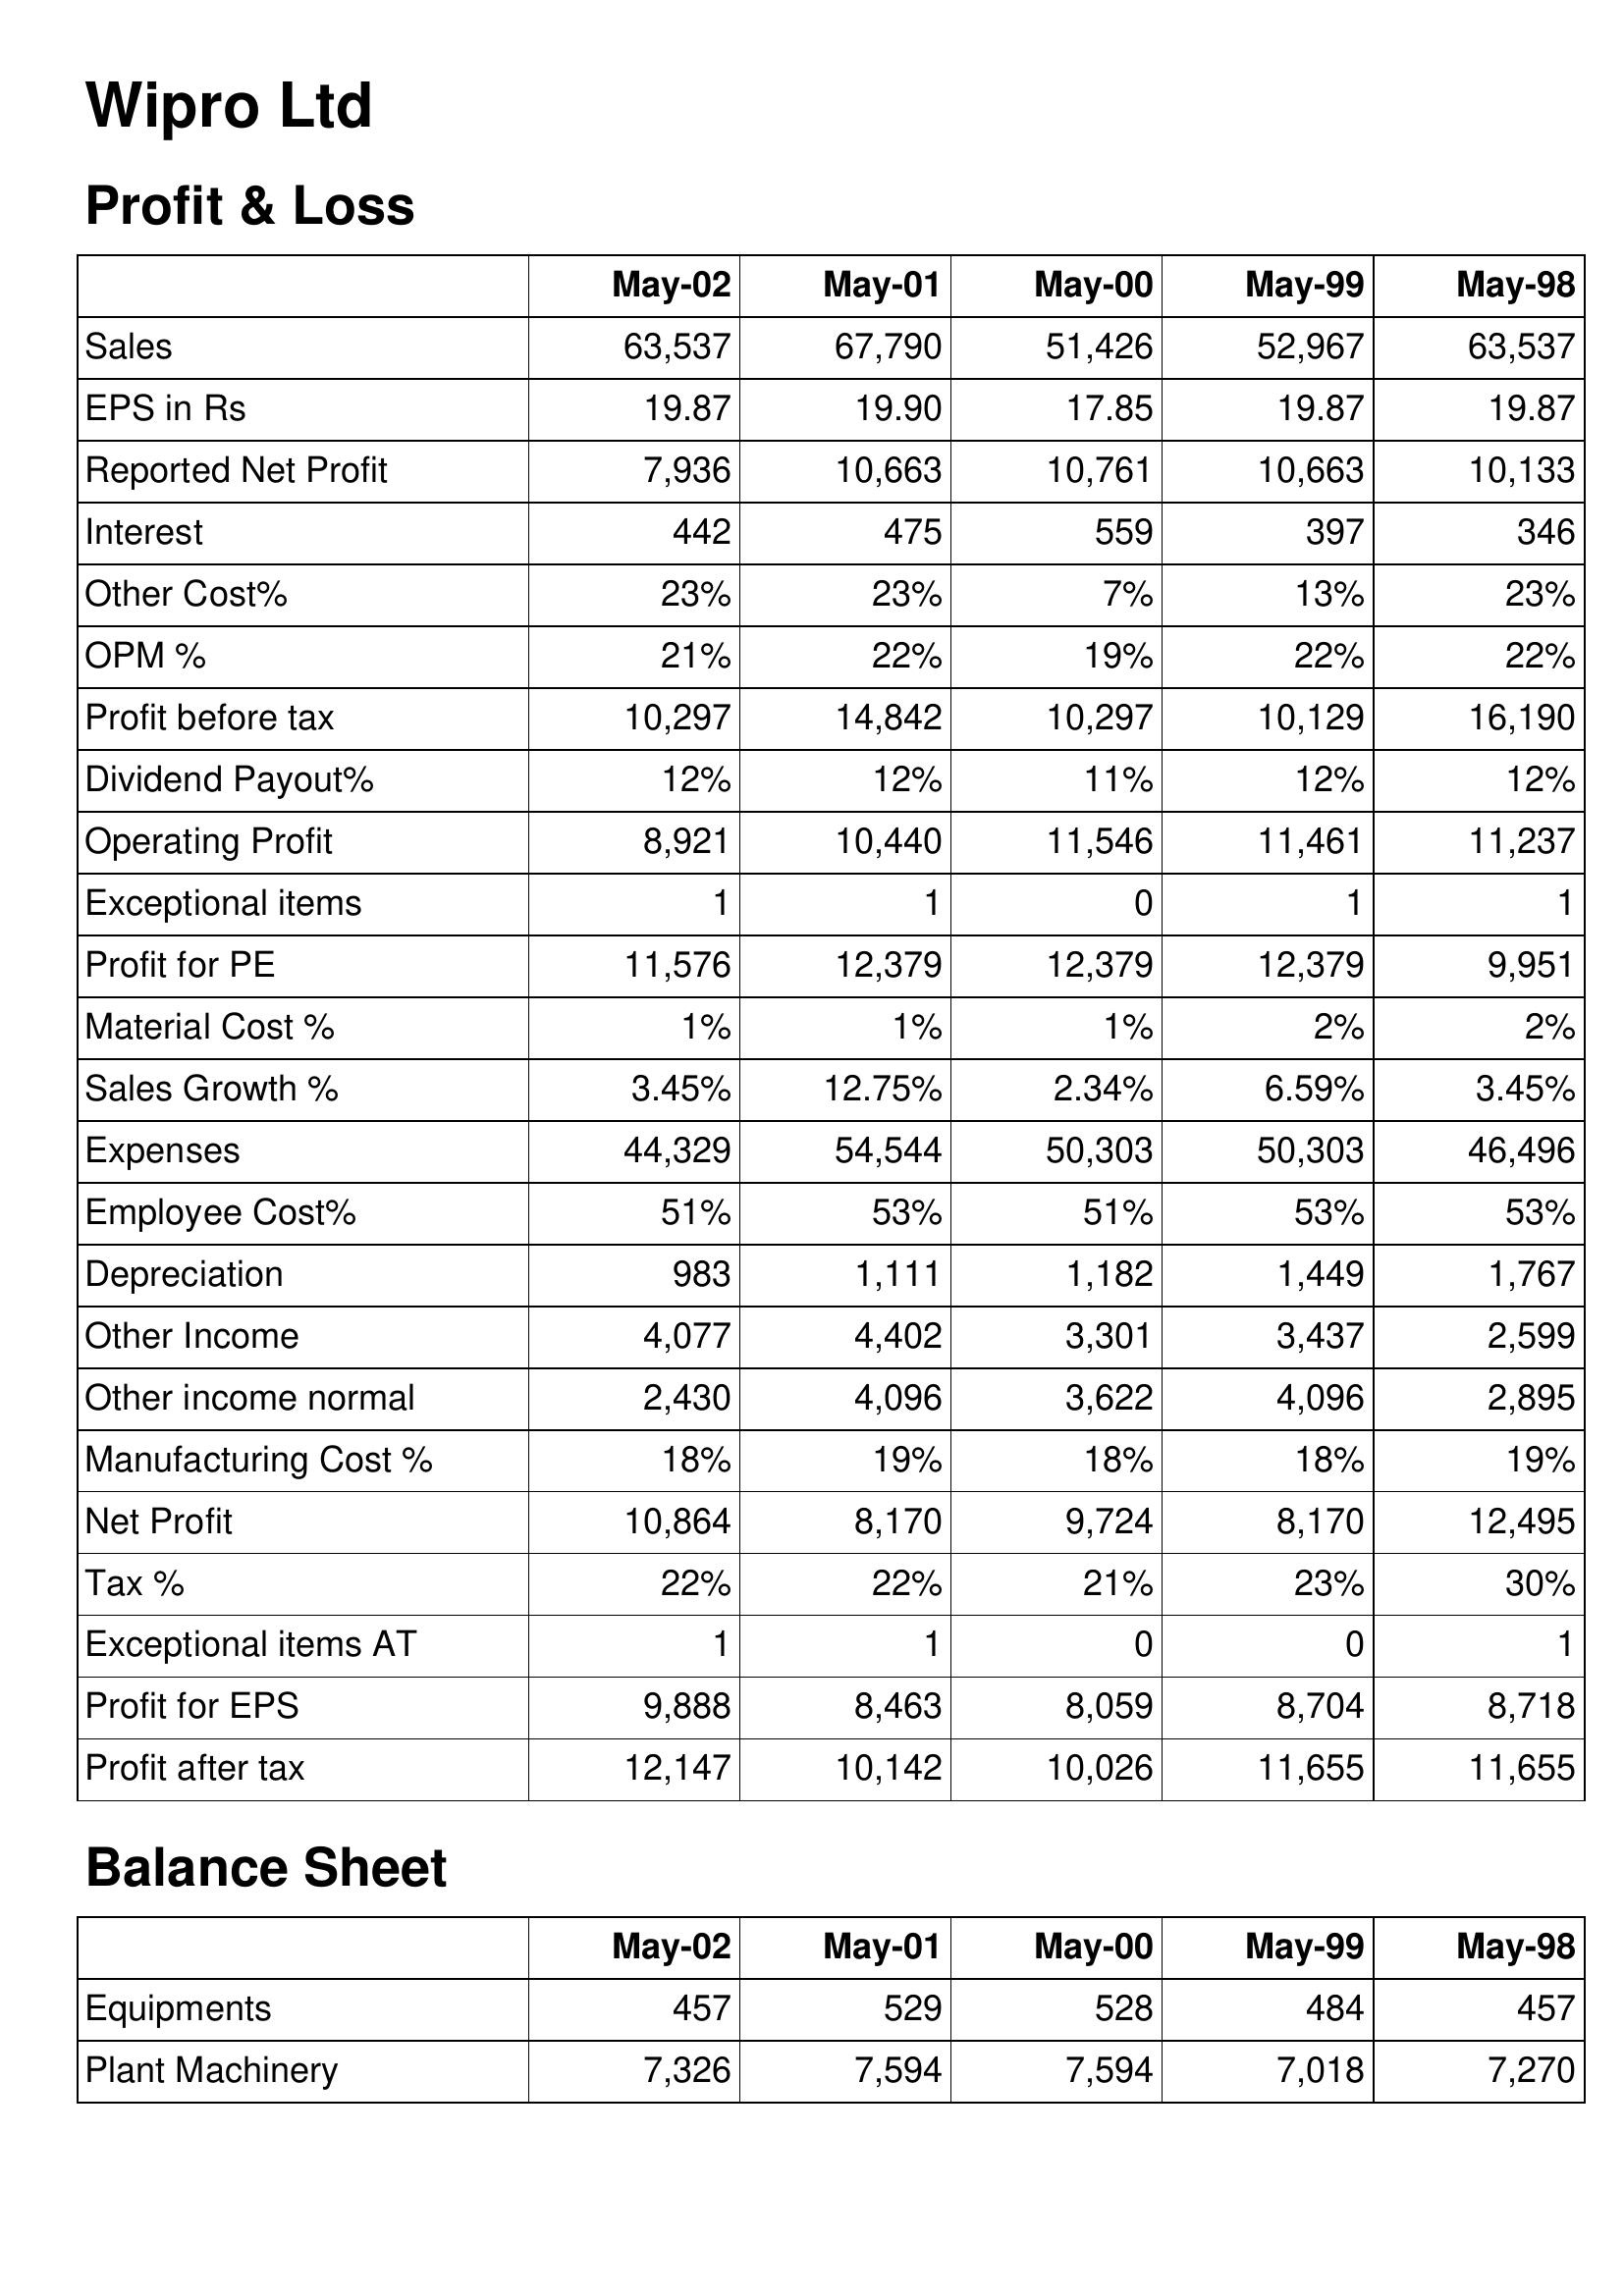
May-02: Profit & Loss: Sales: 63,537
EPS in Rs: 19.87
Reported Net Profit: 7,936
Interest: 442
Other Cost%: 23%
OPM %: 21%
Profit before tax: 10,297
Dividend Payout%: 12%
Operating Profit: 8,921
Exceptional items: 1
Profit for PE: 11,576
Material Cost %: 1%
Sales Growth %: 3.45%
Expenses: 44,329
Employee Cost%: 51%
Depreciation: 983
Other Income: 4,077
Other income normal: 2,430
Manufacturing Cost %: 18%
Net Profit: 10,864
Tax %: 22%
Exceptional items AT: 1
Profit for EPS: 9,888
Profit after tax: 12,147
Balance Sheet: Equipments: 457
Plant Machinery: 7,326
May-01: Profit & Loss: Sales: 67,790
EPS in Rs: 19.90
Reported Net Profit: 10,663
Interest: 475
Other Cost%: 23%
OPM %: 22%
Profit before tax: 14,842
Dividend Payout%: 12%
Operating Profit: 10,440
Exceptional items: 1
Profit for PE: 12,379
Material Cost %: 1%
Sales Growth %: 12.75%
Expenses: 54,544
Employee Cost%: 53%
Depreciation: 1,111
Other Income: 4,402
Other income normal: 4,096
Manufacturing Cost %: 19%
Net Profit: 8,170
Tax %: 22%
Exceptional items AT: 1
Profit for EPS: 8,463
Profit after tax: 10,142
Balance Sheet: Equipments: 529
Plant Machinery: 7,594
May-00: Profit & Loss: Sales: 51,426
EPS in Rs: 17.85
Reported Net Profit: 10,761
Interest: 559
Other Cost%: 7%
OPM %: 19%
Profit before tax: 10,297
Dividend Payout%: 11%
Operating Profit: 11,546
Exceptional items: 0
Profit for PE: 12,379
Material Cost %: 1%
Sales Growth %: 2.34%
Expenses: 50,303
Employee Cost%: 51%
Depreciation: 1,182
Other Income: 3,301
Other income normal: 3,622
Manufacturing Cost %: 18%
Net Profit: 9,724
Tax %: 21%
Exceptional items AT: 0
Profit for EPS: 8,059
Profit after tax: 10,026
Balance Sheet: Equipments: 528
Plant Machinery: 7,594
May-99: Profit & Loss: Sales: 52,967
EPS in Rs: 19.87
Reported Net Profit: 10,663
Interest: 397
Other Cost%: 13%
OPM %: 22%
Profit before tax: 10,129
Dividend Payout%: 12%
Operating Profit: 11,461
Exceptional items: 1
Profit for PE: 12,379
Material Cost %: 2%
Sales Growth %: 6.59%
Expenses: 50,303
Employee Cost%: 53%
Depreciation: 1,449
Other Income: 3,437
Other income normal: 4,096
Manufacturing Cost %: 18%
Net Profit: 8,170
Tax %: 23%
Exceptional items AT: 0
Profit for EPS: 8,704
Profit after tax: 11,655
Balance Sheet: Equipments: 484
Plant Machinery: 7,018
May-98: Profit & Loss: Sales: 63,537
EPS in Rs: 19.87
Reported Net Profit: 10,133
Interest: 346
Other Cost%: 23%
OPM %: 22%
Profit before tax: 16,190
Dividend Payout%: 12%
Operating Profit: 11,237
Exceptional items: 1
Profit for PE: 9,951
Material Cost %: 2%
Sales Growth %: 3.45%
Expenses: 46,496
Employee Cost%: 53%
Depreciation: 1,767
Other Income: 2,599
Other income normal: 2,895
Manufacturing Cost %: 19%
Net Profit: 12,495
Tax %: 30%
Exceptional items AT: 1
Profit for EPS: 8,718
Profit after tax: 11,655
Balance Sheet: Equipments: 457
Plant Machinery: 7,270